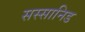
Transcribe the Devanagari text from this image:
सस्सानिड